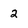
Character: 2